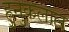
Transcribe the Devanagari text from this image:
हुनुकलाल